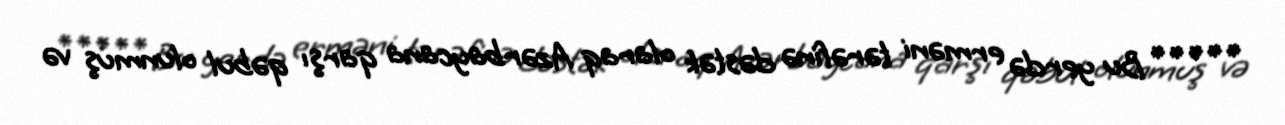
***** Bu yerdə erməni tərəfinə dəstək olaraq Azərbaycana qarşı qəbul olunmuş və